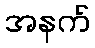
အနက်